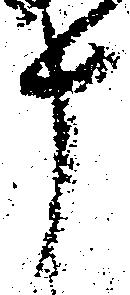
十